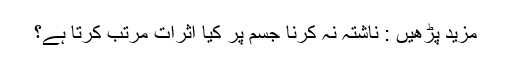
مزید پڑھیں : ناشتہ نہ کرنا جسم پر کیا اثرات مرتب کرتا ہے؟